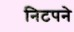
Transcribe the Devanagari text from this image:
निटपने